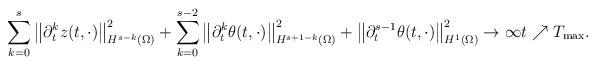
LaTeX: \begin{align*}\sum_{k = 0}^{s} \big\|\partial_{t}^{k} z(t, \cdot)\big\|_{H^{s - k}(\Omega)}^{2} +\sum_{k = 0}^{s-2} \big\|\partial_{t}^{k} \theta (t, \cdot)\big\|_{H^{s + 1 - k}(\Omega)}^{2} +\big\|\partial_{t}^{s-1} \theta(t, \cdot)\big\|_{H^{1}(\Omega)}^{2} \to \infty t\nearrow T_{\mathrm{max}}.\end{align*}